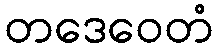
တဒေဝေတံ